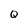
Character: Q